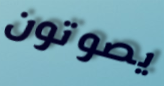
يصوتون